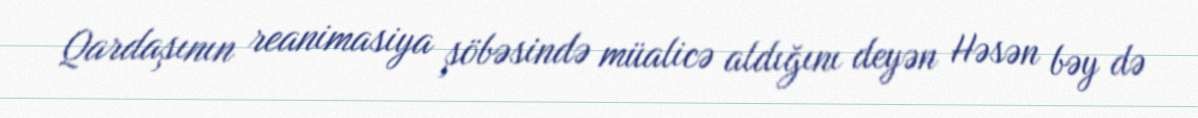
Qardaşının reanimasiya şöbəsində müalicə aldığını deyən Həsən bəy də